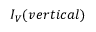
I _ { V } ( v e r t i c a l )